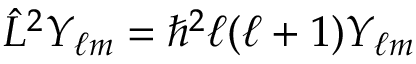
{ \hat { L } } ^ { 2 } Y _ { \ell m } = \hbar ^ { 2 } \ell ( \ell + 1 ) Y _ { \ell m }